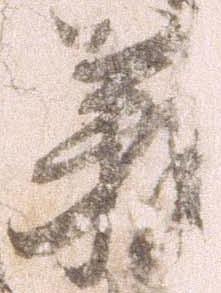
義